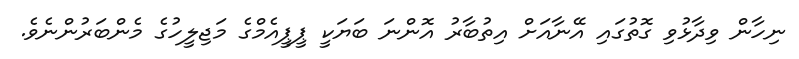
ނިހާން ވިދާޅުވި ގޮތުގައި އޭނާއަށް އިތުބާރު އޮންނަ ބަޔަކީ ޕީޕީއެމްގެ މަޖިލީހުގެ މެންބަރުންނެވެ.